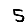
Digit: 5